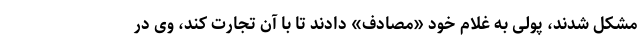
مشکل شدند، پولی به غلام خود «مصادف» دادند تا با آن تجارت کند، وی در